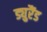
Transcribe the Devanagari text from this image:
ड्युरैंड